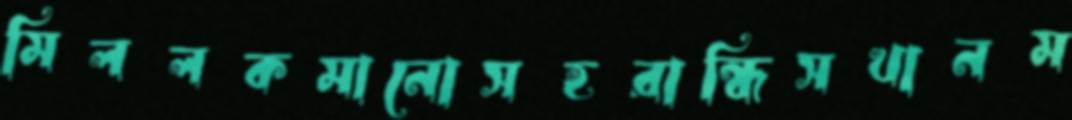
মিললকমানোসহরান্ধিসখানম